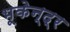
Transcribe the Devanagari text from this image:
भूकेन्द्र